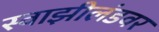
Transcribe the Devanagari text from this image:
स्वाझीलंडवर